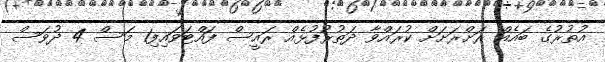
އުތުރުގެ ބައެއް ރަށްރަށަށް ކުރައްވާ ދަތުރުފުޅެއް ރައީސް ފައްޓަވައިފި1 މަސް 4 ދުވަސް